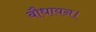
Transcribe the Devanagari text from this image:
बौधायन।